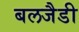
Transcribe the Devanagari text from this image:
बलजैडी